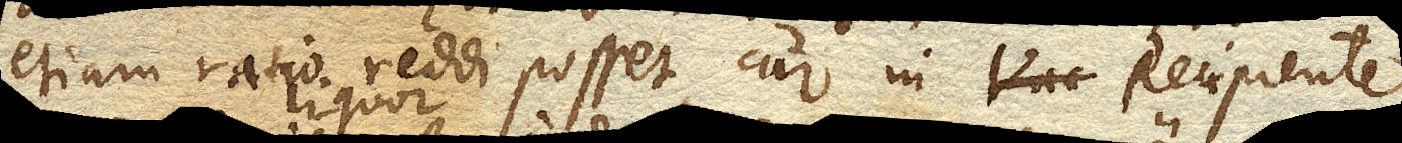
etiam ratio reddi posset cur in Recipiente